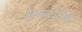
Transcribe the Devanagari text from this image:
अफ्ररीकी